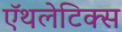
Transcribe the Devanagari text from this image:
ऍथलेटिक्स